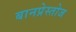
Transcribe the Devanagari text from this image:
बानप्रेस्तोज